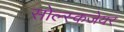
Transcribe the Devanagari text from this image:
सोल्स्कजेयर